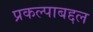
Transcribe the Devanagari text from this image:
प्रकल्पाबद्दल